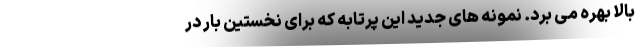
بالا بهره می برد. نمونه های جدید این پرتابه که برای نخستین بار در